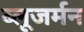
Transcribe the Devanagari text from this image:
ब्लूजर्मन